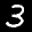
Label: 3